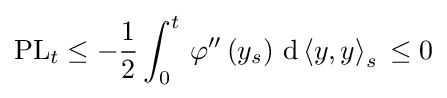
{\text{PL}}_{t}\leq -{\frac {1}{2}}\int _{0}^{t}\,\varphi ''\left(y_{s}\right)\,{\text{d}}\left\langle y,y\right\rangle _{s}\,\leq 0